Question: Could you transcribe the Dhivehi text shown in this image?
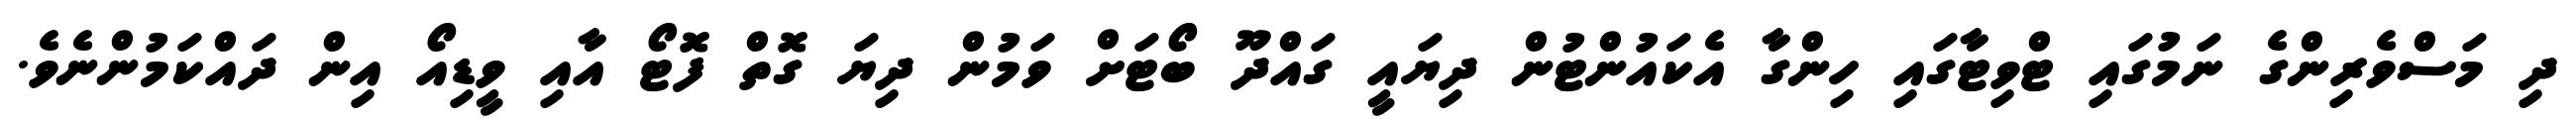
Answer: ދި މަސްވެރިންގެ ނަމުގައި ޓްވިޓާގައި ހިންގާ އެކައުންޓުން ދިޔައީ ގައްދޫ ބޯޓަށް ވަމުން ދިޔަ ގޮތް ފޮޓޯ އާއި ވީޑިއޯ އިން ދައްކަމުންނެވެ.